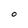
Character: O